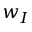
w _ { I }